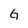
Character: G